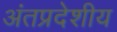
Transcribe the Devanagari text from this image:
अंतप्रदेशीय